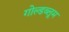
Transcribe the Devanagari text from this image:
गोल्डब्लूम